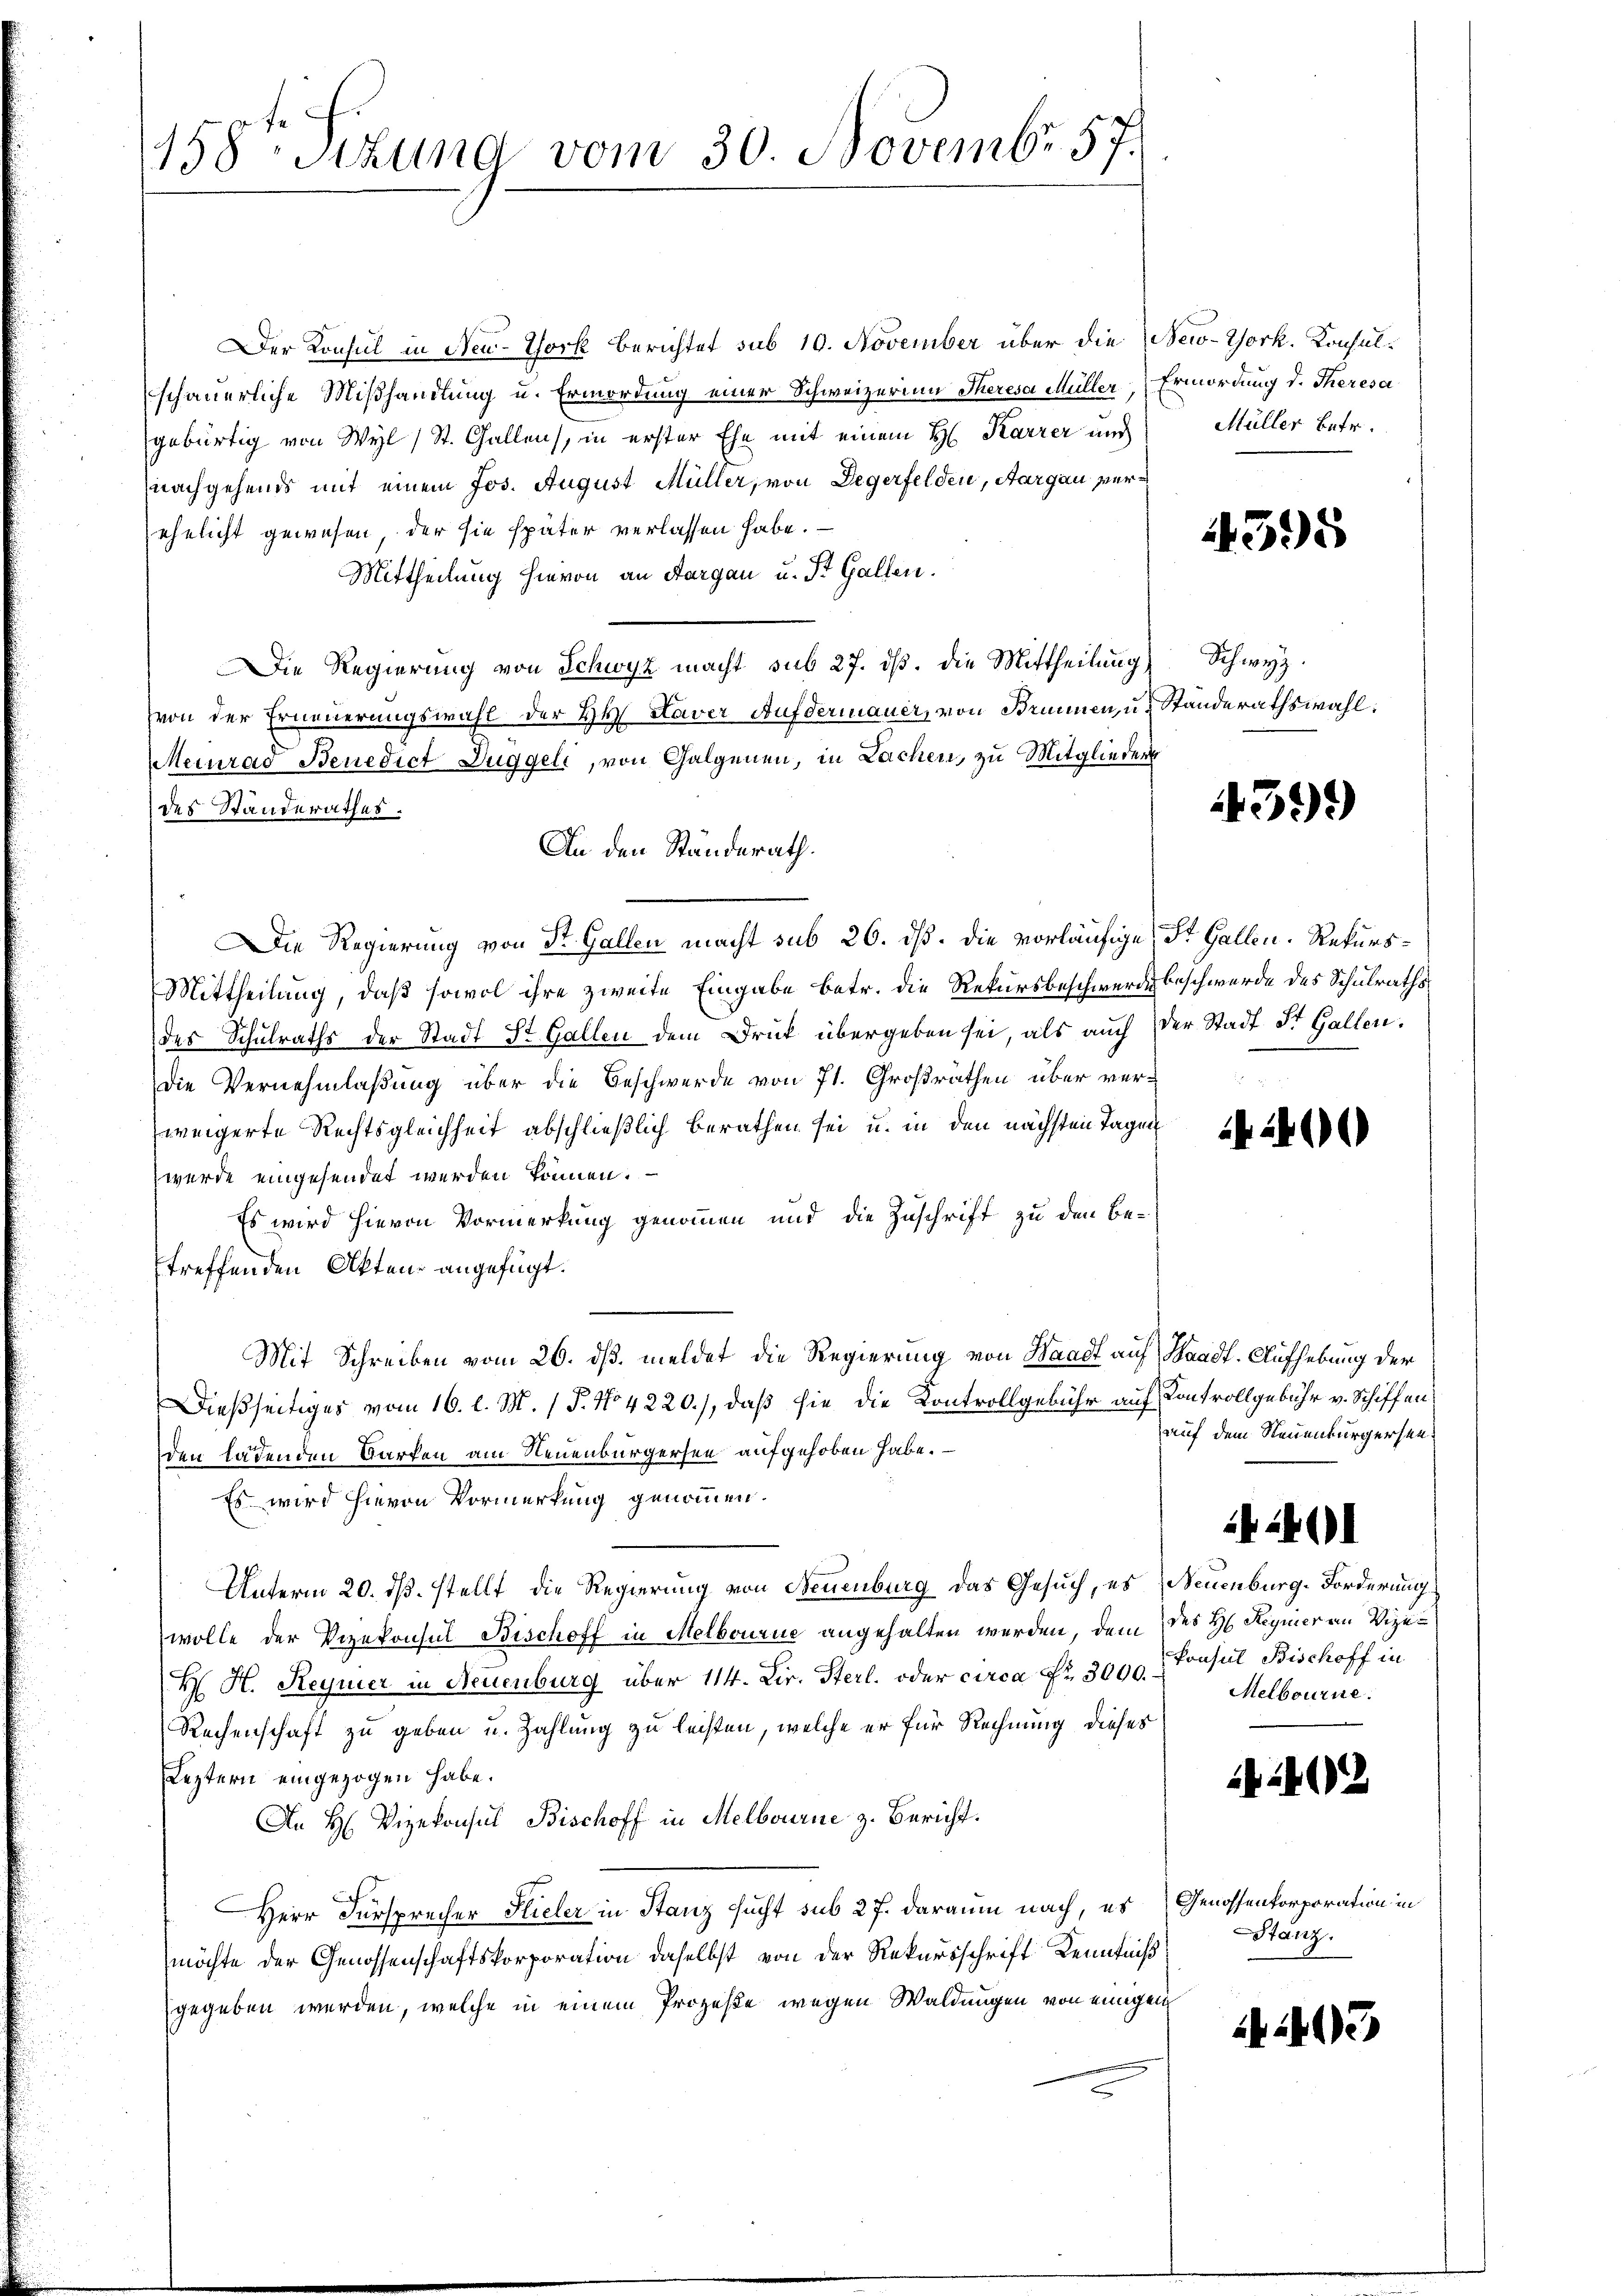
158 Stund vom 30. Novembr. 57.

Der Konsul in Neu-York Berichtet sub 10. November über die New-York. Konsulschauerliche Mißhandlung u. Ermordung einer Schweizerina Theresa Müller, Ermordung d. Theresa
gebürtig von Wyl / St. Gallen, in erster Ehe mit einem H. Karrer und
nachgehends mit einem Jos. August Müller, von Degerfelden, Aargau verehelicht gewesen, der sie später verlassen habe.
Mittheilung hievon an Aargau u. St. Gallen.
Die Regierŭng von Schwyz macht sub 27. dβ. die Mittheilŭng Schwyz.
von der Erneuerungswahl der Hr. Haver Aufdermauer, von Brunnen, u. Standerathswahl.
Meinrad Benedict Fuggeli, von Galgenen, in Lachen, zu Mitglieder
des Standerathes.
An den Ständerath.
Die Regierung von Dr. Gallen macht sub 26. ds. die vorläufige St. Gallen. Rekurs¬
Mittheilung, daß sowol ihre zweite Eingabe betr. die Rekursbeschwerde beschwerde des Schulraths
des Schulraths der Stadt St. Gallen dem Druk übergeben sei, als auch der Stadt Dr. Gallen.
Die Vernehmlaßung über die Beschwerde von 71. Großräthen über verweigerte Rechtsgleichheit abschließlich berathen sei u. in den nächsten Tagen
wurde eingesendet werden können.
Es wird hievon Vormerkung genommen und die Zuschrift zu den Betreffenden Akten angefügt.
Mit Schreiben vom 26. ds. meldet die Regierung von Waadt auf Waadt. Aufhebung der
Dießseitiges vom 16. l. M. / P. No 4220), daß sie die Kontrollgebühr auf Kontrollgebühr v. Schiffen
den ladenden Barken am Neuenburgersee aufgehoben habe.
Es wird hievon Vormerkung genommen.
Unterm 20. ds. stellt die Regierung von Neuenburg das Gesuch, es Neuenburg-Forderung
wolle der Vizekonsul Bischoff in Melbourne angehalten werden, dem des H. Regnier an Vize¬
H. H. Reynier in Neuenburg über 114. Lir. Sterl. oder circa Fr. 3000. Konsul Bischoff in
Rechenschaft zu geben u. Zahlung zu leisten, welche er für Rechnung dieses
Leztern eingezogen habe.
An H. Vizekonsul Bischoff in Melbourne z. Bericht.
s
Herr Fürsprecher Stieler in Stanz sucht sub 27. daraum nach, es Genossenkorporation in
möchte der Genossenschaftskorporation daselbst von der Rekursschrift Kenntniß
gegeben werden, welche in einem Prozeße wegen Waldungen von einigem

Müller betr.

395

39)

2400

auf dem Neuenburgersen¬

424

Melbourne.

492

Stanz.

403